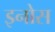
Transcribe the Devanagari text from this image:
इनोस